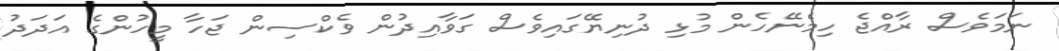
ނަމަވެސް ރާއްޖެ ހިމެނޭހެން މުޅި ދުނިޔޭގައިވެސް ގަވާއިދުން ވެކްސިން ޖަހާ މީހުންގެ އަދަދު